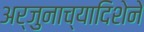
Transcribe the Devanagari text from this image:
अर्जुनाच्यादिशेने